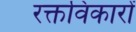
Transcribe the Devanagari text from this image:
रक्तविकारों